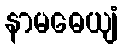
နာမဓေယျံ